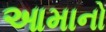
આમાનો